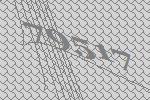
79517